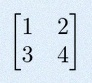
\begin{bmatrix}1&2\\3&4\end{bmatrix}